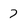
Character: 7